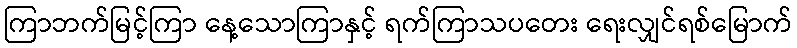
ကြာဘက်မြင့်ကြာ နေ့သောကြာနှင့် ရက်ကြာသပတေး ရေးလျှင်ရစ်မြောက်